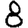
Digit: 8